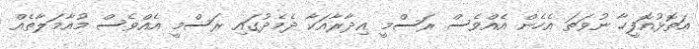
އަތޮޅުއޮފީހާ ނުވަތަ އެހެން އެއްވެސް ރަސްމީ އިދާރާއަކާ ދެމެދުގައި ރަސްމީ އެއްވެސް މުއާމަލާތެއް